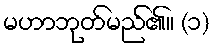
မဟာဘုတ်မည်၏။ (၁)